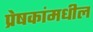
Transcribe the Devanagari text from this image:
प्रेषकांमधील